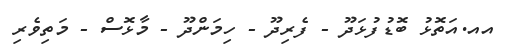
އއ.އަތޮޅު ބޮޑުފުޅަދޫ - ފެރިދޫ - ހިމަންދޫ - މާޅޮސް - މަތިވެރި